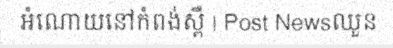
អំណោយនៅកំពង់ស្ពឺ | Post Newsឈួន